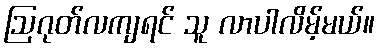
ဩဂုတ်လကျရင် သူ လာပါလိမ့်မယ်။